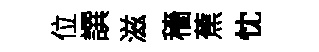
位譔滋穡蕉忱